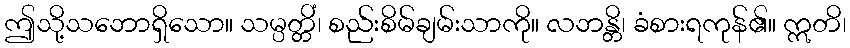
ဤသို့သဘောရှိသော။ သမ္ပတ္တိံ၊ စည်းစိမ်ချမ်းသာကို။ လဘန္တိ၊ ခံစားရကုန်၏။ ဣတိ၊